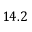
1 4 . 2